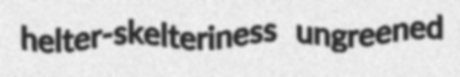
helter-skelteriness ungreened